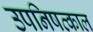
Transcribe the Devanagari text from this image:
उपनिषत्काल